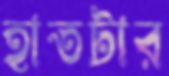
হাতটার